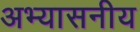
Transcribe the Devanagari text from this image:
अभ्यासनीय